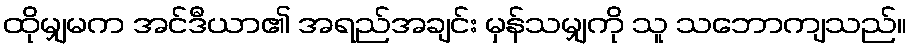
ထိုမျှမက အင်ဒီယာ၏ အရည်အချင်း မှန်သမျှကို သူ သဘောကျသည်။